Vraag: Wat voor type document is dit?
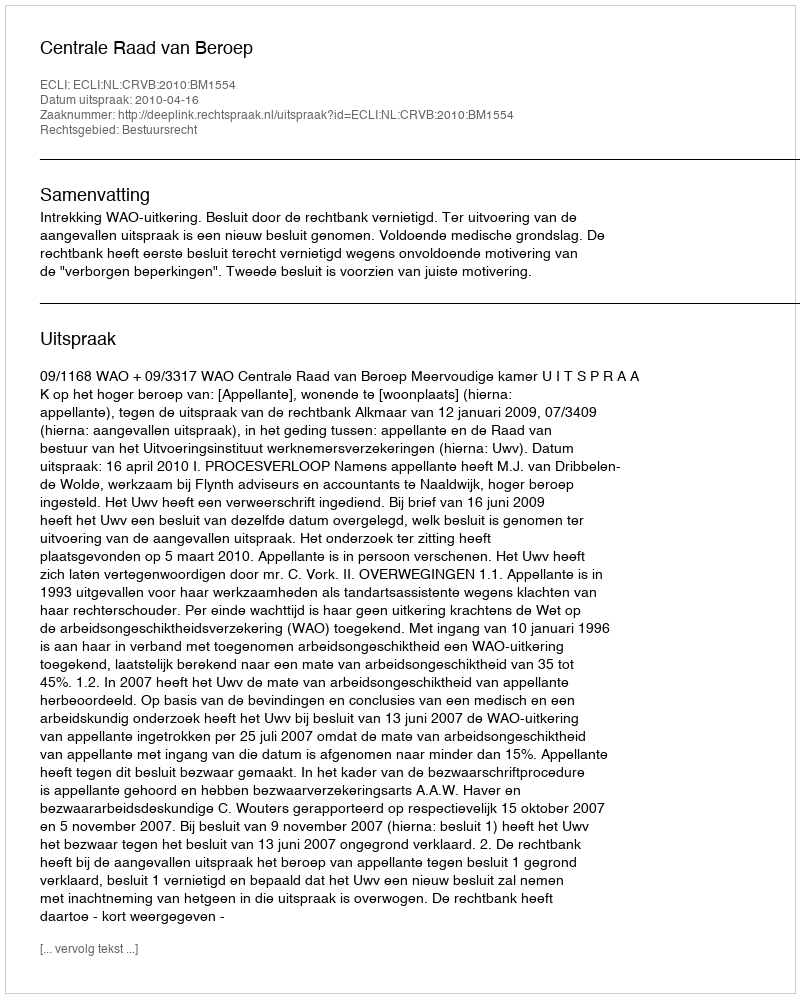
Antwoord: Uitspraak